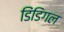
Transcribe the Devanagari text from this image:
डिंडिगल